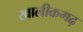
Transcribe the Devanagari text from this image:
खालीकगढ़